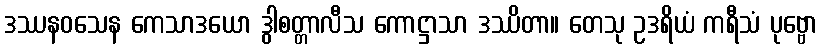
ဒဿနဝသေန ကေသာဒယော ဒွါစတ္တာလီသ ကောဋ္ဌာသာ ဒဿိတာ။ တေသု ဥဒရိယံ ကရီသံ ပုဗ္ဗော